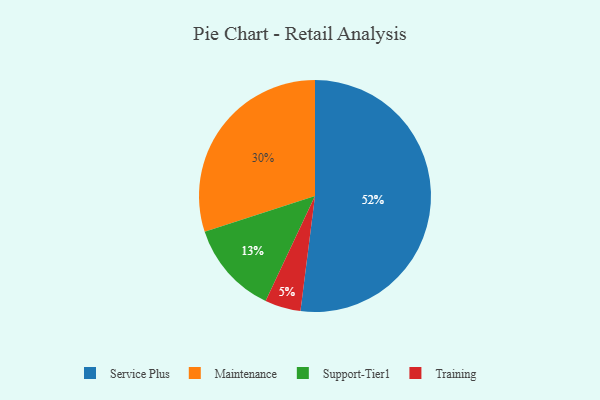
{"axis": {"x": "Category", "y": "Percentage"}, "legend": ["Maintenance", "Service Plus", "Support-Tier1", "Training"], "data": [{"x": "Maintenance", "y": 30, "type": "Maintenance"}, {"x": "Training", "y": 5, "type": "Training"}, {"x": "Service Plus", "y": 52, "type": "Service Plus"}, {"x": "Support-Tier1", "y": 13, "type": "Support-Tier1"}]}